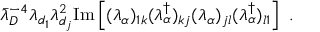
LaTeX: { \bar { \lambda } } _ { D } ^ { - 4 } \lambda _ { d _ { 1 } } \lambda _ { d _ { j } } ^ { 2 } \mathrm { I m } \left[ ( \lambda _ { \alpha } ) _ { 1 k } ( \lambda _ { \alpha } ^ { \dagger } ) _ { k j } ( \lambda _ { \alpha } ) _ { j l } ( \lambda _ { \alpha } ^ { \dagger } ) _ { l 1 } \right] ~ .